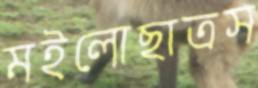
মইলোছাত্রস